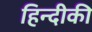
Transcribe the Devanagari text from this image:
हिन्दीकी